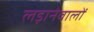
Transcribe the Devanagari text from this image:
लड़ानेवालों